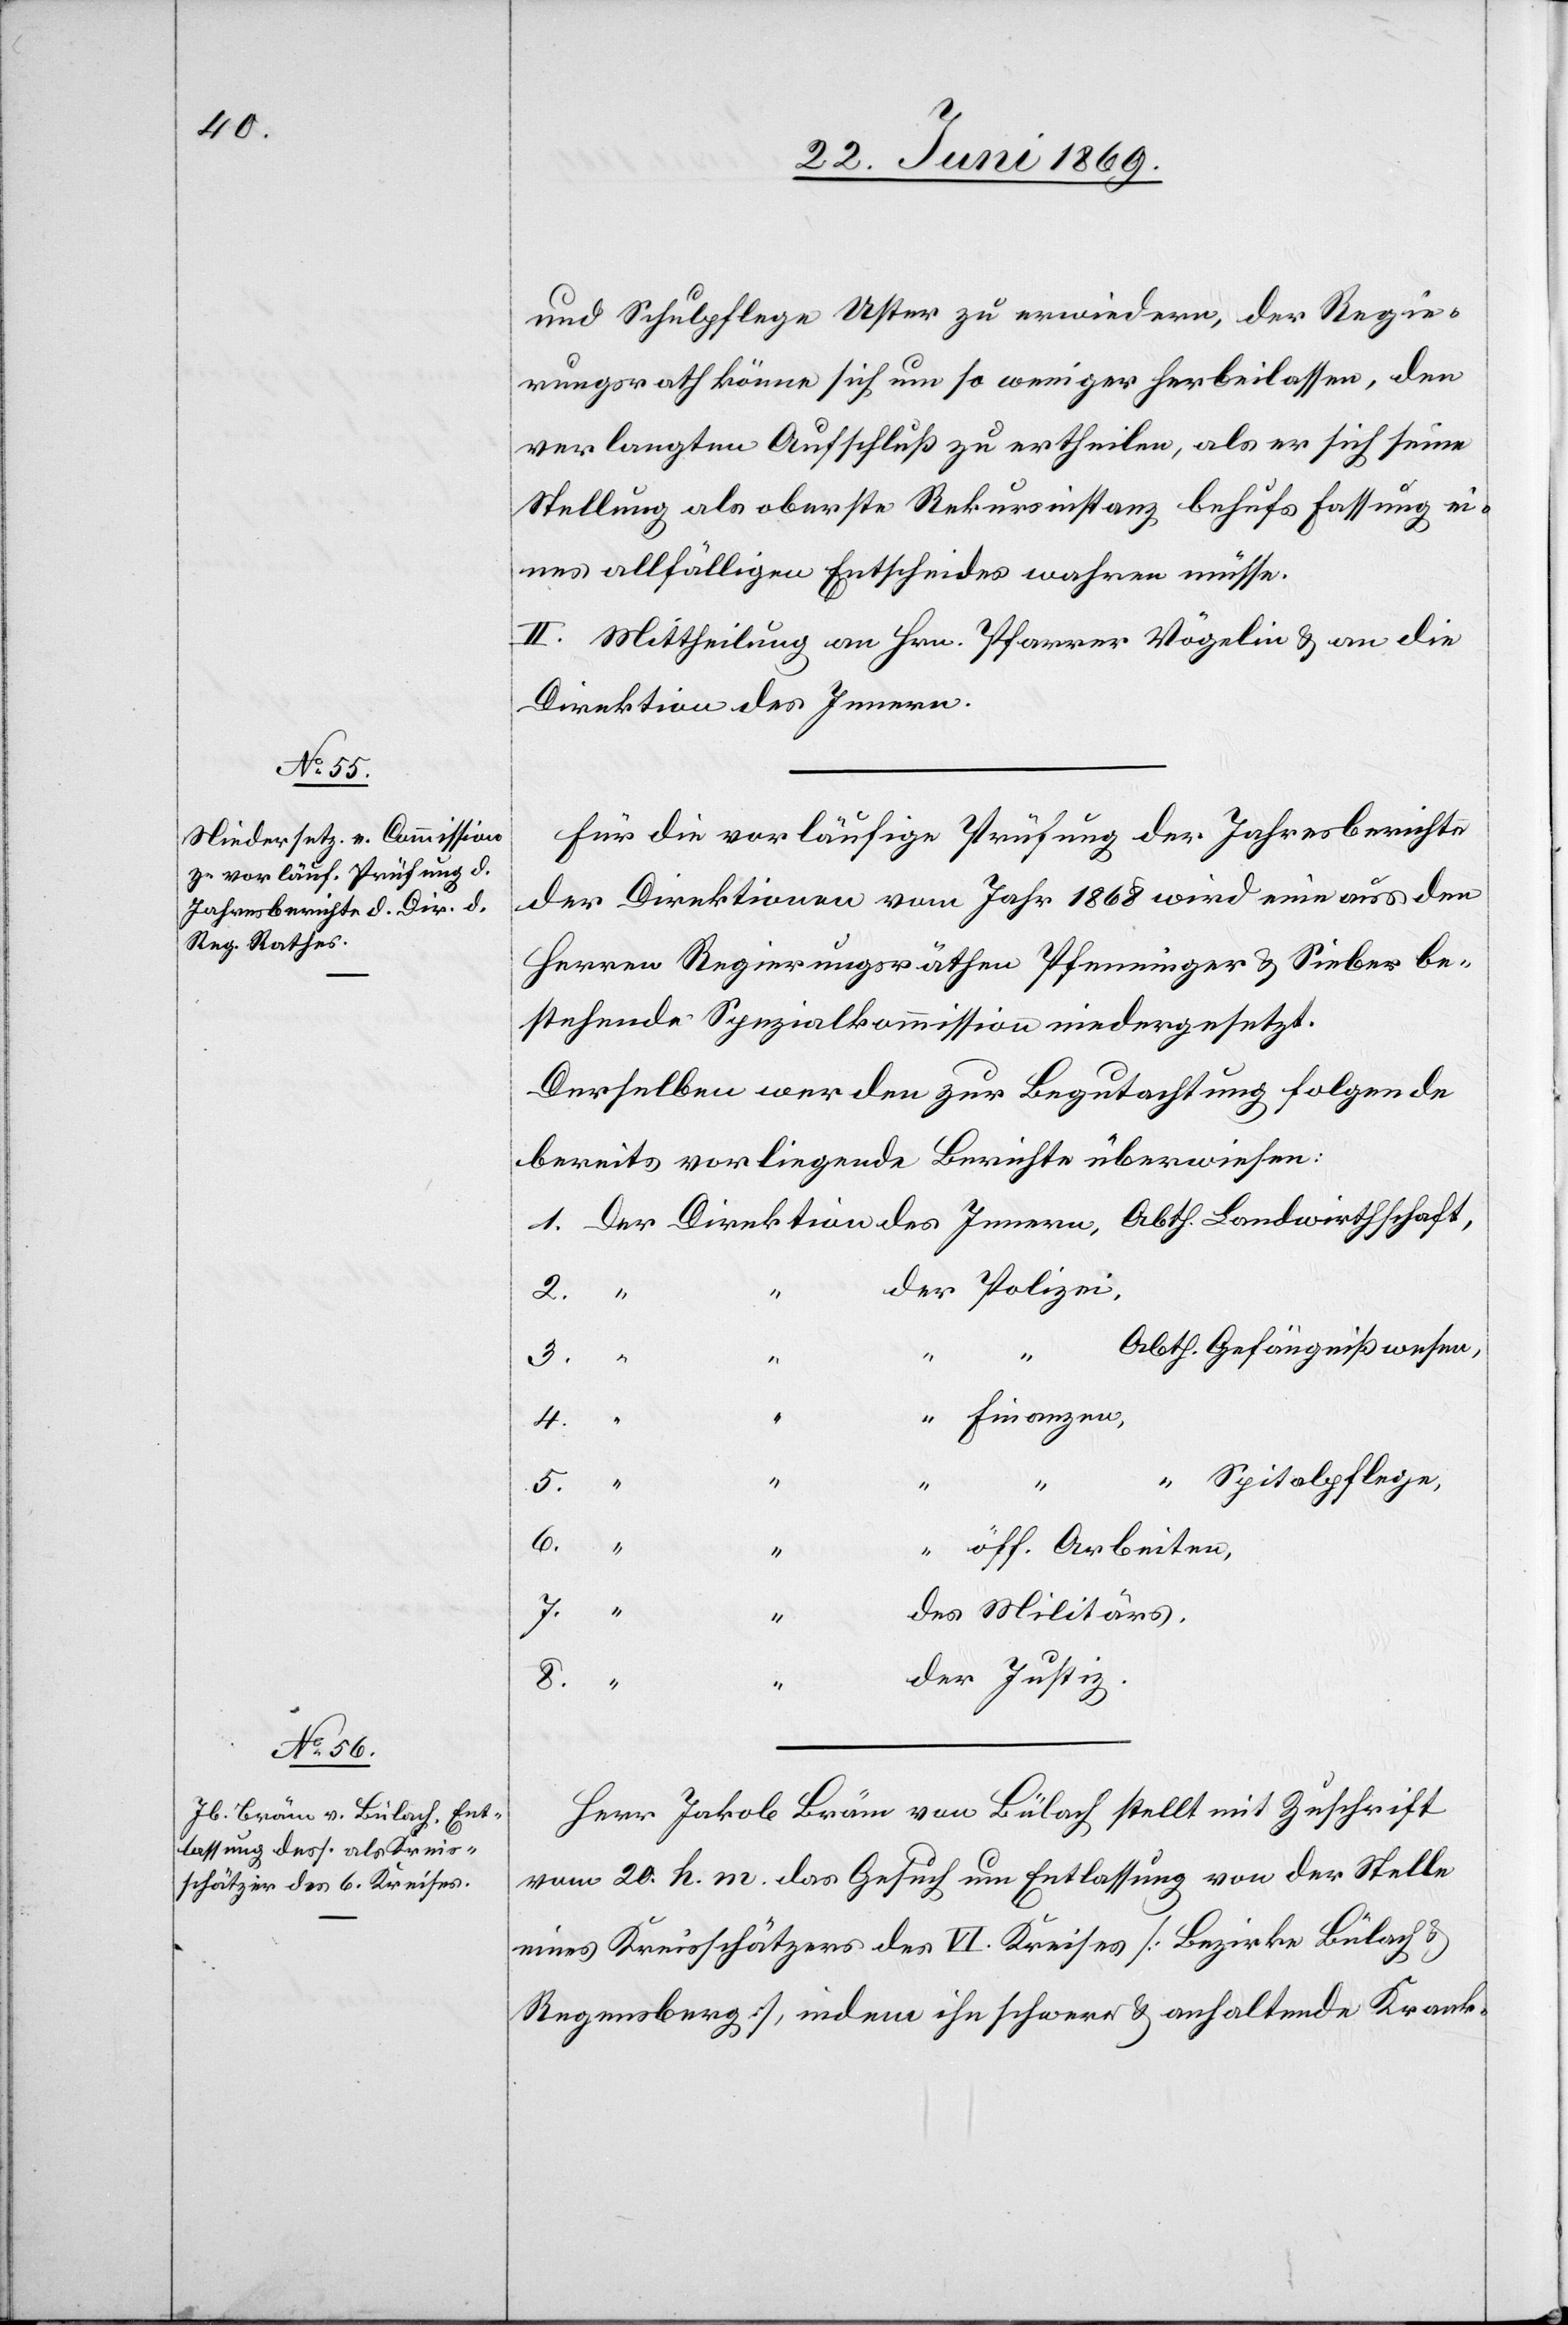
und Schulpflege Uster zu erwiedern, der Regie¬
rungsrath könne sich um so weniger herbeilassen, den
verlangten Aufschluß zu ertheilen, als er sich seine
Stellung als oberste Rekursinstanz behufs Fassung ei¬
nes allfälligen Entscheides wahren müsse.
II. Mittheilung an Hrn. Pfarrer Vögelin u. an die
Direktion des Innern.
Für die vorläufige Prüfung der Jahresberichte
der Direktionen vom Jahr 1868 wird eine aus den
Herren Regierungsräthen Pfenninger u. Sieber be¬
stehende Spezialkommission niedergesetzt.
Derselben werden zur Begutachtung folgende
bereits vorliegende Berichte überwiesen:
1. Der Direktion des Innern, Abth. Landwirthschaft,
der Polizei,
2.
tiz.
Arbeiten,
7.
8.
6.
Herr Jakob Bräm von Bülach stellt mit Zuschrift
vom 20. h. m. das Gesuch um Entlassung von der Stelle
eines Kreisschätzers des IV. Kreises [Bezirke Bülach u.
Regensberg], indem ihn schwere u. anhaltende Krank-